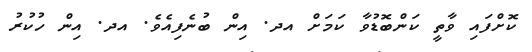
ކޮށްފައި ވާތީ ކަންބޮޑުވާ ކަމަށް އދ. އިން ބުނެފިއެވެ. އދ. އިން ހުކުރު